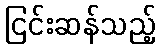
ငြင်းဆန်သည့်